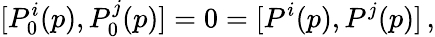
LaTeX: [P_{0}^{i}(p),P_{0}^{j}(p)]=0=[P^{i}(p),P^{j}(p)]\, ,